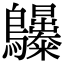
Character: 𪈫